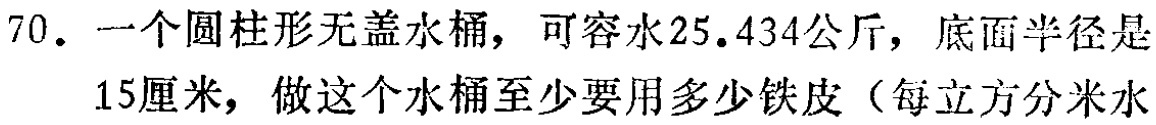
70. 一个圆柱形无盖水桶，可容水25.434公斤，底面半径是

15厘米，做这个水桶至少要用多少铁皮（每立方分米水